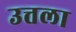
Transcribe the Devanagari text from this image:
उत्तला